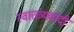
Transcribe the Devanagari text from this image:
स्वातंत्र्यवादी